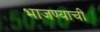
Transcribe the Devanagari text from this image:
भाजण्याची